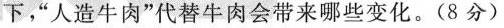
下，”人造牛肉”代替牛肉会带来哪些变化。(8分)